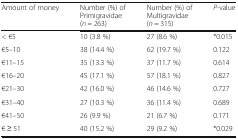
<table><thead><tr><td><b>Amount of money</b></td><td><b>Number (%) of Primigravidae (<i>n</i> = 263)</b></td><td><b>Number (%) of Multigravidae (<i>n</i> = 315)</b></td><td><b><i>P</i>-value</b></td></tr></thead><tbody><tr><td>&lt; €5</td><td>10 (3.8 %)</td><td>27 (8.6 %)</td><td>*0.015</td></tr><tr><td>€5–10</td><td>38 (14.4 %)</td><td>62 (19.7 %)</td><td>0.122</td></tr><tr><td>€11–15</td><td>35 (13.3 %)</td><td>37 (11.7 %)</td><td>0.614</td></tr><tr><td>€16–20</td><td>45 (17.1 %)</td><td>57 (18.1 %)</td><td>0.827</td></tr><tr><td>€21–30</td><td>42 (16.0 %)</td><td>46 (14.6 %)</td><td>0.727</td></tr><tr><td>€31–40</td><td>27 (10.3 %)</td><td>36 (11.4 %)</td><td>0.689</td></tr><tr><td>€41–50</td><td>26 (9.9 %)</td><td>21 (6.7 %)</td><td>0.171</td></tr><tr><td>€ ≥ 51</td><td>40 (15.2 %)</td><td>29 (9.2 %)</td><td>*0.029</td></tr></tbody></table>